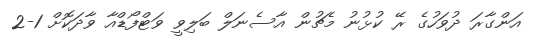
އަންގާރަ ދުވަހުގެ ރޭ ކުޅުނު މެޗުން އާސެނަލް ބަލިވީ ވަޓްފޯޑްއާ ވާދަކޮށް 1-2